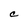
Character: C